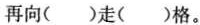
再向( )走( )格。